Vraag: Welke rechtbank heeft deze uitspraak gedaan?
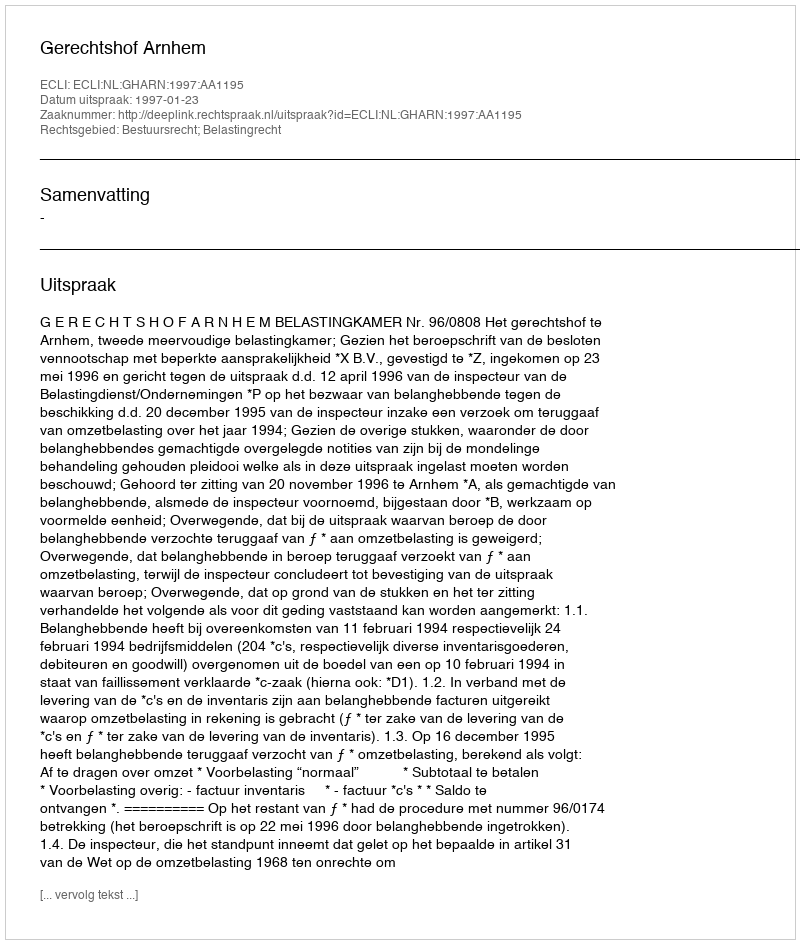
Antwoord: Gerechtshof Arnhem